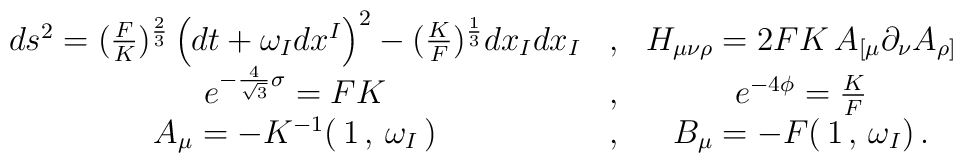
\begin{array}{ccc}ds^2 = (\frac{F}{K})^{\frac{2}{3}} \left(dt + \omega_I dx^I\right)^2 -(\frac{K}{F})^{\frac{1}{3}} dx_I dx_I & , &H_{\mu\nu\rho} = 2 F K \, A_{[\mu} \partial_{\nu} A_{\rho]} \\e^{-\frac{4}{\sqrt{3}} \sigma} =  FK & ,& e^{-4 \phi} = \frac{K}{F} \\A_{\mu} = - K^{-1} ( \, 1\, , \, \omega_I\,) &,& B_{\mu} = - F (\, 1\, , \,  \omega_I)\, .\end{array}